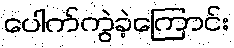
ပေါက်ကွဲခဲ့ကြောင်း